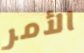
الأمر